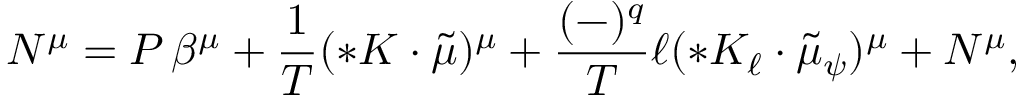
N ^ { \mu } = P \, \beta ^ { \mu } + \frac 1 T ( { * { \cal K } } \cdot \tilde { \mu } ) ^ { \mu } + \frac { ( - ) ^ { q } } { T } \ell ( * { \cal K } _ { \ell } \cdot { \tilde { \mu } _ { \psi } } ) ^ { \mu } + { \cal N } ^ { \mu } ,